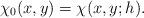
LaTeX: \begin{align*}\chi_0(x,y)=\chi(x,y;h).\end{align*}